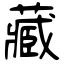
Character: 藏